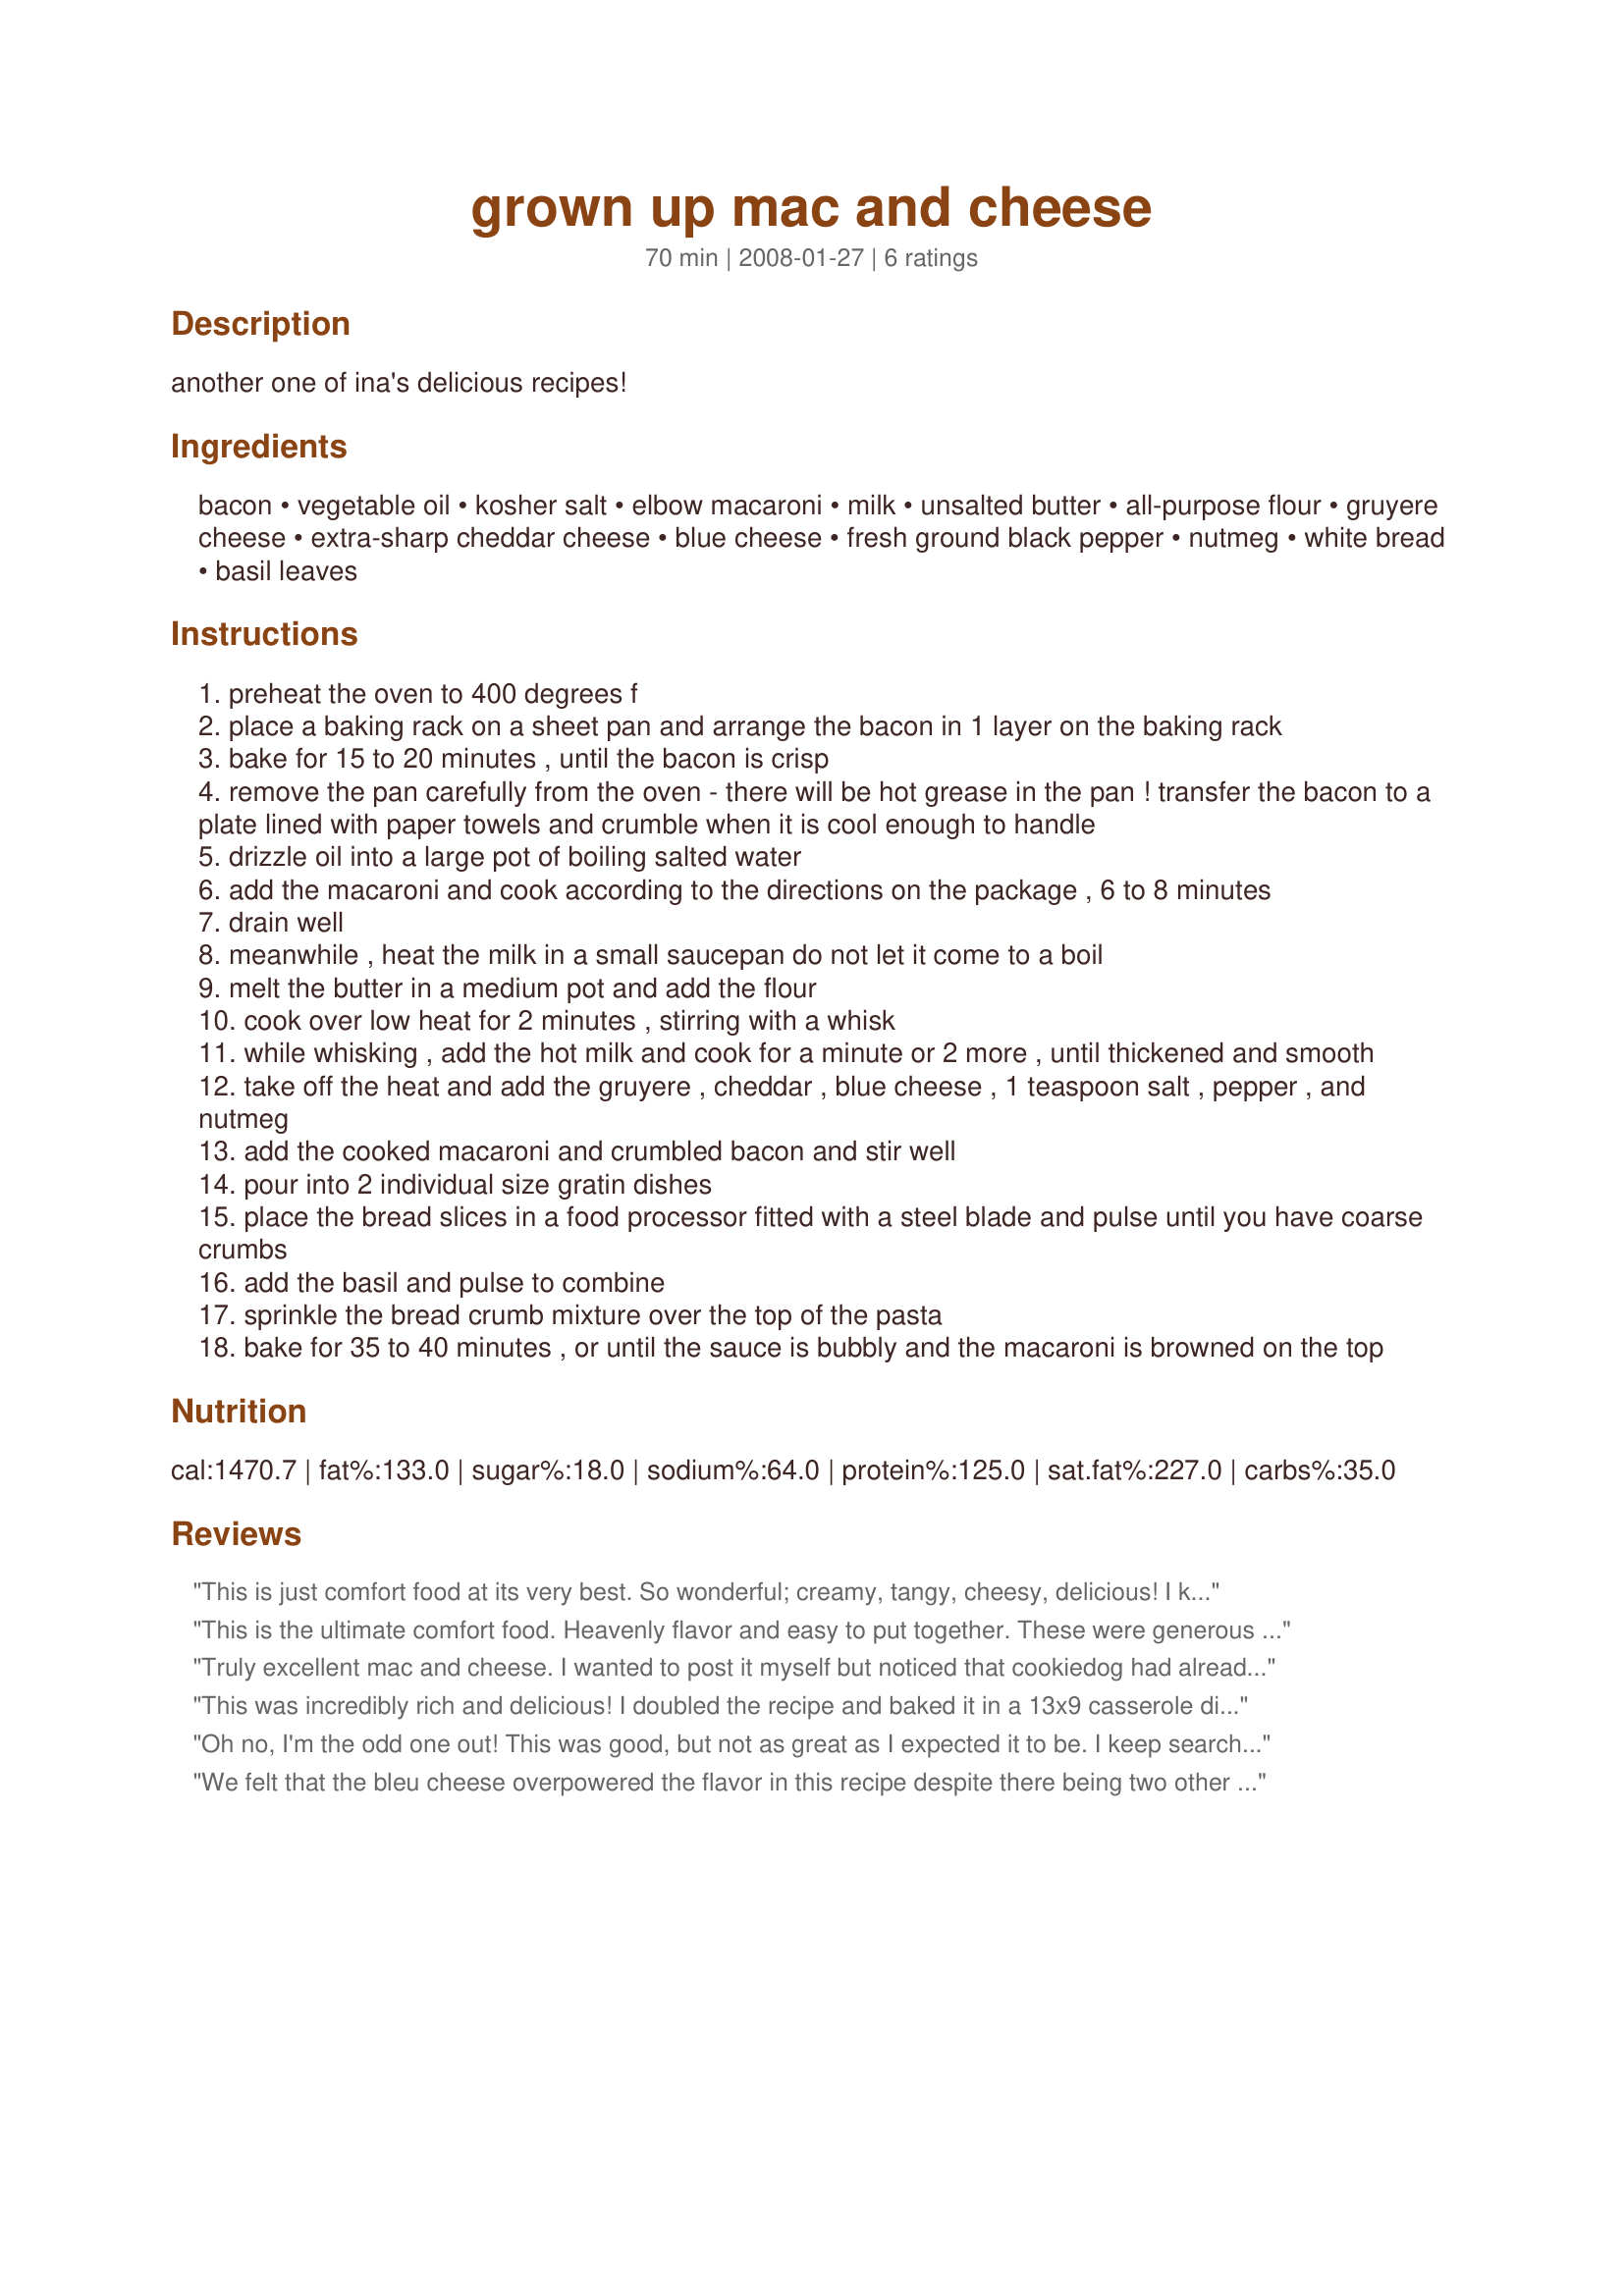
grown up mac and cheese
Preparation time: 70 minutes

another one of ina's delicious recipes!

Ingredients:
bacon, vegetable oil, kosher salt, elbow macaroni, milk, unsalted butter, all-purpose flour, gruyere cheese, extra-sharp cheddar cheese, blue cheese, fresh ground black pepper, nutmeg, white bread, basil leaves

Steps:
preheat the oven to 400 degrees f
place a baking rack on a sheet pan and arrange the bacon in 1 layer on the baking rack
bake for 15 to 20 minutes , until the bacon is crisp
remove the pan carefully from the oven - there will be hot grease in the pan ! transfer the bacon to a plate lined with paper towels and crumble when it is cool enough to handle
drizzle oil into a large pot of boiling salted water
add the macaroni and cook according to the directions on the package , 6 to 8 minutes
drain well
meanwhile , heat the milk in a small saucepan do not let it come to a boil
melt the butter in a medium pot and add the flour
cook over low heat for 2 minutes , stirring with a whisk
while whisking , add the hot milk and cook for a minute or 2 more , until thickened and smooth
take off the heat and add the gruyere , cheddar , blue cheese , 1 teaspoon salt , pepper , and nutmeg
add the cooked macaroni and crumbled bacon and stir well
pour into 2 individual size gratin dishes
place the bread slices in a food processor fitted with a steel blade and pulse until you have coarse crumbs
add the basil and pulse to combine
sprinkle the bread crumb mixture over the top of the pasta
bake for 35 to 40 minutes , or until the sauce is bubbly and the macaroni is browned on the top

Reviews:
This is just comfort food at its very best. So wonderful; creamy, tangy, cheesy, delicious! I know I should trust Ina's recipes, but I still didn't know it would be this good! Thank you for posting this here.
This is the ultimate comfort food. Heavenly flavor and easy to put together. These were generous servings, we made as directed and it fed the two of us - twice! Made for 1-2-3 tag. Yum!
Truly excellent mac and cheese. I wanted to post it myself but noticed that cookiedog had already done so. My BF and SIL served it for me for Christmas 2009, without the bacon because I'm vegetarian. This is not the ultimate mac and cheese, just the best "grown up" mac and cheese. I think the blue cheese makes it. I really enjoyed this a lot. It's not low-fat though! Also, 2 servings seems inappropriate, I think it's more like 4! Thanks for the recipe; too bad I couldn't post it (heh heh).
This was incredibly rich and delicious! I doubled the recipe and baked it in a 13x9 casserole dish. I was lazy and just used plain bread crumbs from the store which worked out just as good. I'll definitely be making this again. Thanks for posting!
Oh no, I'm the odd one out! This was good, but not as great as I expected it to be. I keep searching for the best home-made version of mac & cheese, and have yet to find one that blows me away :(
We felt that the bleu cheese overpowered the flavor in this recipe despite there being two other cheeses mixed in. It is also quite expensive to make considering the price of the gruyere cheese alone..(here in NY I paid $8 for an 8 ounce chunk of it)....If I make it again...for us I would definitely cut the amount of bleu cheese in half...the bacon is a nice touch...overall my husband didn't like it, and the kids said it was just okay...
